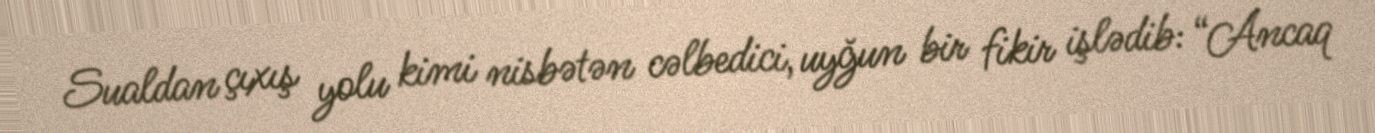
Sualdan çıxış yolu kimi nisbətən cəlbedici, uyğun bir fikir işlədib: “Ancaq